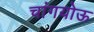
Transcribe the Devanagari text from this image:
चांगयोऊ